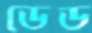
ডেড